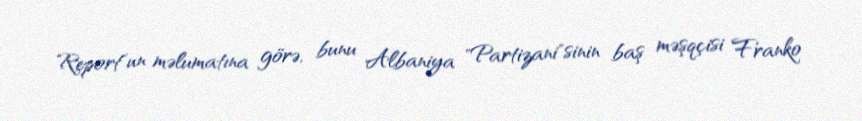
Report"un məlumatına görə, bunu Albaniya "Partizani"sinin baş məşqçisi Franko